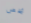
شخص